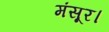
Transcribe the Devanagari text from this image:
मंसूर।